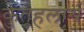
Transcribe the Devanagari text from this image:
कुतूहलार्थ